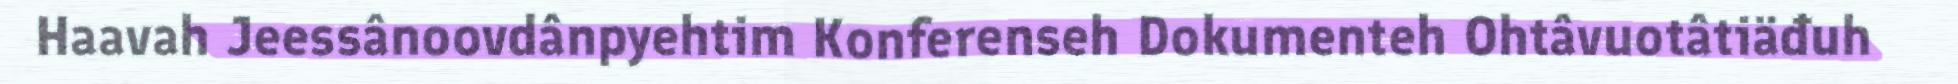
Haavah Jeessânoovdânpyehtim Konferenseh Dokumenteh Ohtâvuotâtiäđuh